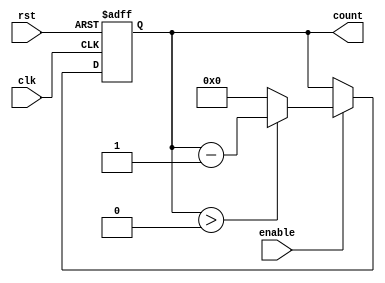
module down_counter #(
    parameter N = 15  // Maximum count value (0 to N)
)(
    input wire clk,        // Clock input
    input wire rst,        // Asynchronous reset
    input wire enable,     // Count enable
    output reg [$clog2(N+1)-1:0] count // Count output
);

// On reset, set the count to N
always @(posedge clk or posedge rst) begin
    if (rst) begin
        count <= N;  // Reset to the maximum count value
    end else if (enable) begin
        if (count > 0) begin
            count <= count - 1; // Decrement count
        end else begin
            count <= 0; // Prevent count wrapping
        end
    end
end

endmodule